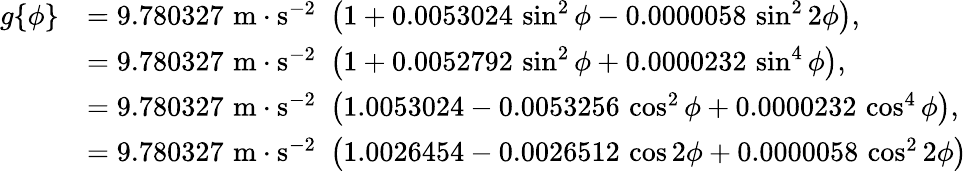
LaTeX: {\begin{array}{rl}{g\{ \phi\} }&{=9.780327\, \, \mathrm{m}\cdot\mathrm{s}^{-2}\, \, \left(1+0.0053024\, \sin^{2}\phi-0.0000058\, \sin^{2}2\phi\right),}\\ &{=9.780327\, \, \mathrm{m}\cdot\mathrm{s}^{-2}\, \, \left(1+0.0052792\, \sin^{2}\phi+0.0000232\, \sin^{4}\phi\right),}\\ &{=9.780327\, \, \mathrm{m}\cdot\mathrm{s}^{-2}\, \, \left(1.0053024-0.0053256\, \cos^{2}\phi+0.0000232\, \cos^{4}\phi\right),}\\ &{=9.780327\, \, \mathrm{m}\cdot\mathrm{s}^{-2}\, \, \left(1.0026454-0.0026512\, \cos 2\phi+0.0000058\, \cos^{2}2\phi\right)}\end{array}}